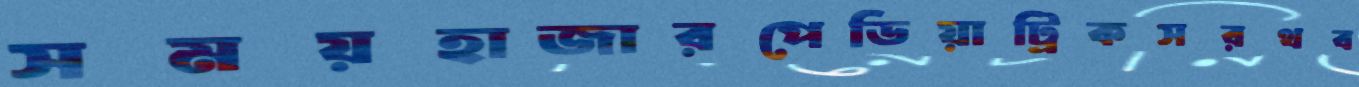
সময়হাজারপেডিয়াট্রিকসরথব